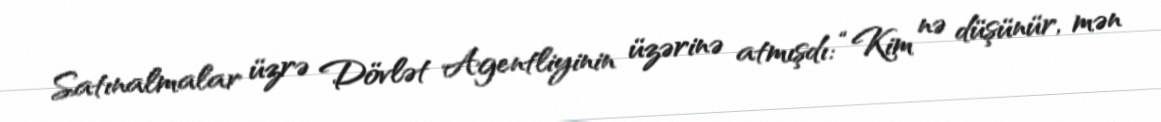
Satınalmalar üzrə Dövlət Agentliyinin üzərinə atmışdı: “Kim nə düşünür, mən